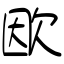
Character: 欭